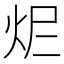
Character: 𤆾